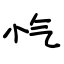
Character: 忾